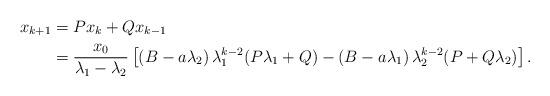
LaTeX: \begin{align*}x_{k+1}&=Px_k+Qx_{k-1}\\&=\frac{x_0}{\lambda_1-\lambda_2}\left[\left(B-a\lambda_2\right)\lambda_1^{k-2}(P\lambda_1+Q)-\left(B-a\lambda_1\right)\lambda_2^{k-2}(P+Q\lambda_2)\right].\end{align*}